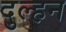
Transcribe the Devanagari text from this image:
दुल्‍हन